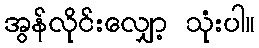
အွန်လိုင်းလျှော့ သုံးပါ။